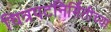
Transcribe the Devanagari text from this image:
चित्रपटनिर्मितीच्या